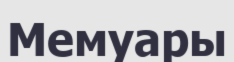
Мемуары